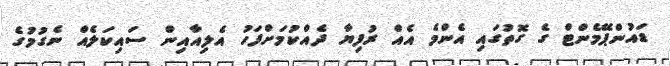
ޑައުންޕޭމެންޓް ގެ ގޮތުގައި އެންމެ އެއް ރުފިޔާ ދެއްކުމަށްފަހު އެލިއާއިން ސައިކަލެއް ނެގުމުގެ